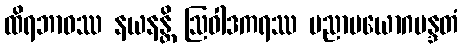
ထိရဘာဝဿ နယနန္တိ ဩဝါဒကရဿ ပညာပယောဂမန္ဒတံ